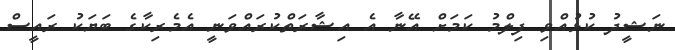
ނަޝީދު ކުޅުއްވި ފިލްމު ކަމަށް އޭނާ އެ އިޝާރަތްކުރައްވަނީ އެމެރިކާގެ ބަޔަކު ރައީސް